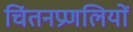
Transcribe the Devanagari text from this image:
चिंतनप्रणलियों